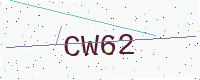
Text: CW62